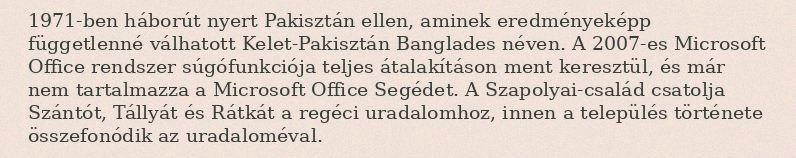
1971-ben háborút nyert Pakisztán ellen, aminek eredményeképp függetlenné válhatott Kelet-Pakisztán Banglades néven. A 2007-es Microsoft Office rendszer súgófunkciója teljes átalakításon ment keresztül, és már nem tartalmazza a Microsoft Office Segédet. A Szapolyai-család csatolja Szántót, Tállyát és Rátkát a regéci uradalomhoz, innen a település története összefonódik az uradaloméval.